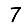
Digit: 7